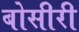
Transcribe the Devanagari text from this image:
बोसीरी